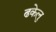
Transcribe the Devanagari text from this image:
ढकेलु